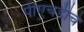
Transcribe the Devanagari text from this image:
पीएचडीचे